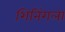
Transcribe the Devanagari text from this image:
शिनिंगला